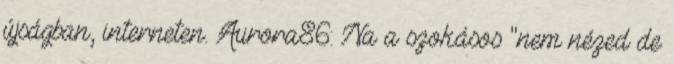
újságban, interneten. Aurora86: Na a szokásos "nem nézed de